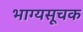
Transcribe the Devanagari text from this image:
भाग्यसूचक